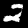
Digit: 2